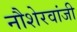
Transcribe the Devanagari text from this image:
नौशेरवांजी